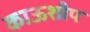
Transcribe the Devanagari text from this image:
काऊशीप